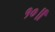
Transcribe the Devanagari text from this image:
१०॥